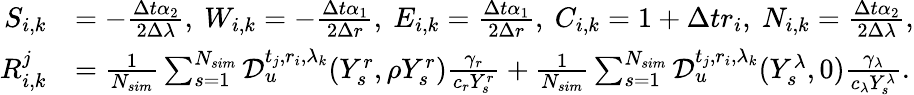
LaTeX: \begin{array}{rl}{S_{i,k}}&{=-\frac{\Delta t\alpha_{2}}{2\Delta\lambda},\ W_{i,k}=-\frac{\Delta t\alpha_{1}}{2\Delta r},\ E_{i,k}=\frac{\Delta t\alpha_{1}}{2\Delta r},\ C_{i,k}=1+\Delta tr_{i},\ N_{i,k}=\frac{\Delta t\alpha_{2}}{2\Delta\lambda},}\\ {R_{i,k}^{j}}&{=\frac{1}{N_{sim}}\sum_{s=1}^{N_{sim}}\mathcal{D}_{u}^{t_{j},r_{i},\lambda_{k}}(Y_{s}^{r},\rho Y_{s}^{r})\frac{\gamma_{r}}{c_{r}Y_{s}^{r}}+\frac{1}{N_{sim}}\sum_{s=1}^{N_{sim}}\mathcal{D}_{u}^{t_{j},r_{i},\lambda_{k}}(Y_{s}^{\lambda},0)\frac{\gamma_{\lambda}}{c_{\lambda}Y_{s}^{\lambda}}.}\end{array}